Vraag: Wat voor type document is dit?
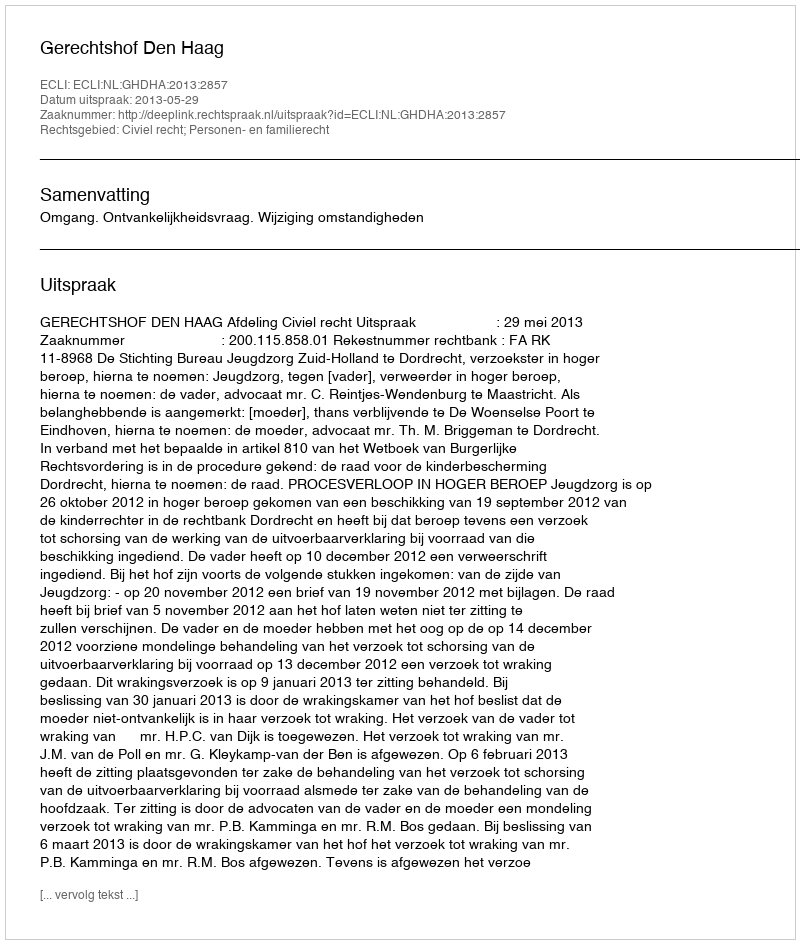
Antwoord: Uitspraak